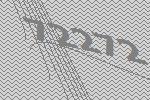
72272